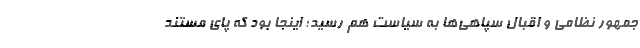
جمهور نظامی و اقبال سپاهی‌ها به سیاست هم رسید؛ اینجا بود که پای مستند